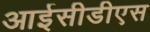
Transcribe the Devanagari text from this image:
आईसीडीएस